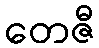
တေဇီ